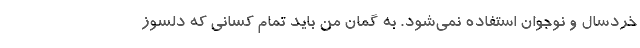
خردسال و نوجوان استفاده نمی‌شود. به گمان من باید تمام کسانی که دلسوزِ